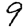
Digit: 9